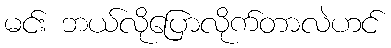
မင်း ဘယ်လိုပြောလိုက်တာလဲဟင်